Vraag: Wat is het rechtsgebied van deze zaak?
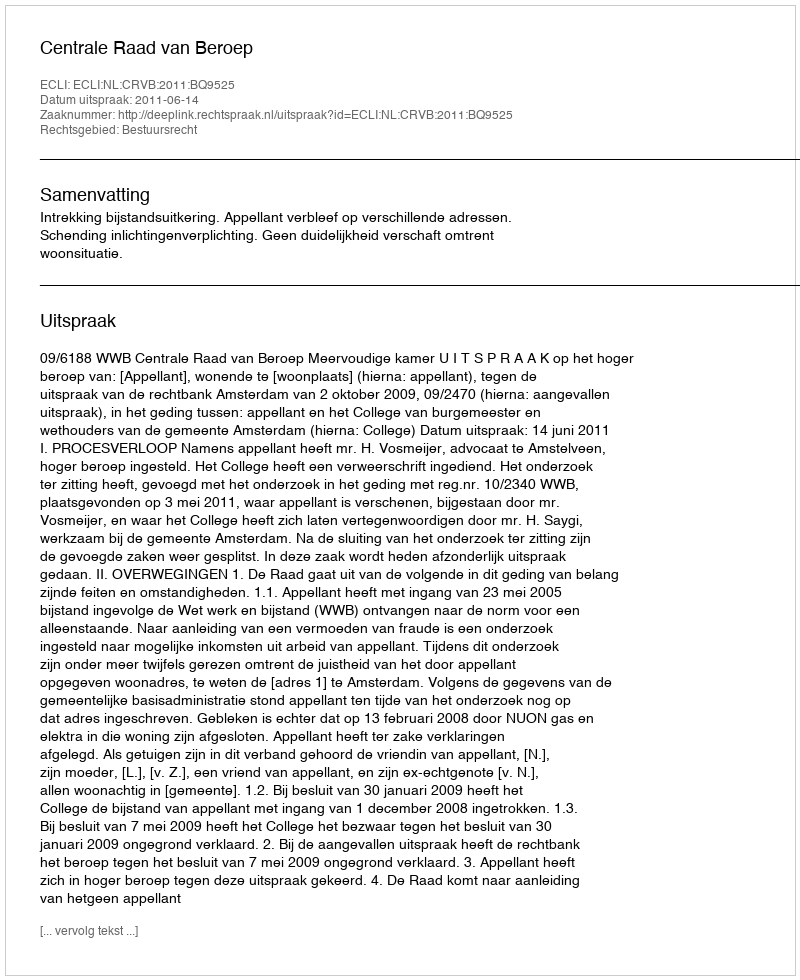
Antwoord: Bestuursrecht